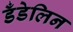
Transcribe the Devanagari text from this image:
डँडेलिन